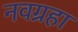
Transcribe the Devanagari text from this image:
नवग्रहा